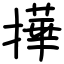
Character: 撶